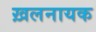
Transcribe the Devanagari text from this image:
ख़लनायक